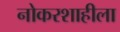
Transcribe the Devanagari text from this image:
नोकरशाहीला